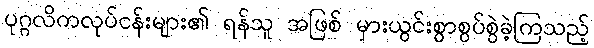
ပုဂ္ဂလိကလုပ်ငန်းများ၏ ရန်သူ အဖြစ် မှားယွင်းစွာစွပ်စွဲခဲ့ကြသည့်